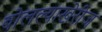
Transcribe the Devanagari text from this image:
बोलल्याखेरीज